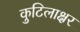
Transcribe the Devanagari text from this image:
कुटिलाक्षर